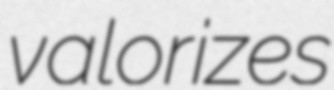
valorizes